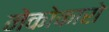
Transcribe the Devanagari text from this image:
नेकोकारो